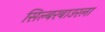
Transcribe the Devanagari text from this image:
सिल्बरबाउरला